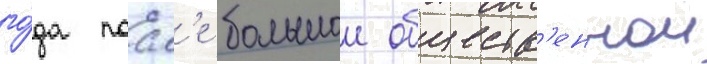
го́да посл'е большои обществ'еннои